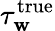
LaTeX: \tau_{\mathbf{w}}^{\textrm{{true}}}